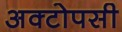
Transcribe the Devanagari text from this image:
अक्टोपसी